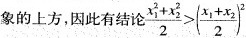
象的上方，因此有结论$$\frac { { x _ { 1 } ^ { 2 } + x _ { 2 } ^ { 2 } } { 2 } > ( \frac { x _ { 1 } + x _ { 2 } } { 2 } ) ^ { 2 }$$